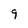
Character: 9